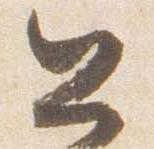
公